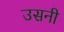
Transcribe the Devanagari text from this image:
उसनी